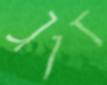
זוג